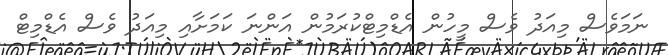
ނަމަވެސް މިއަދު ވެސް މީހުން އެޑްމިޓްކުރަމުން އަންނަ ކަމަށާއި މިއަދު ވެސް އެޑްމިޓް